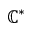
\mathbb { C } ^ { * }